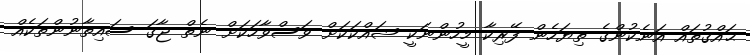
ޙައްޤުތައް އަނެކުންގެ ތިޔަހެން ފޭރިކާ މީހުންނަކީ ޝައްކަކަށް ވަސްވާހަކަށް ނެތް ޖާގަ ސައިތާނުންތަކެއް